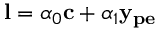
\mathbf { l } = \alpha _ { 0 } \mathbf { c } + \alpha _ { 1 } \mathbf { y _ { p e } }